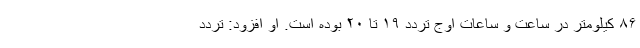
۸۶ کیلومتر در ساعت و ساعات اوج تردد ۱۹ تا ۲۰ بوده است. او افزود: تردد